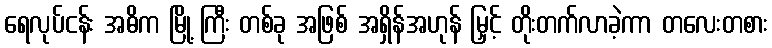
ရေလုပ်ငန်း အဓိက မြို့ ကြီး တစ်ခု အဖြစ် အရှိန်အဟုန် မြှင့် တိုးတက်လာခဲ့ကာ တလေးတစား